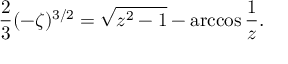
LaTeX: { \frac { 2 } { 3 } } ( - \zeta ) ^ { 3 / 2 } = \sqrt { z ^ { 2 } - 1 } - \operatorname { a r c c o s } { \frac { 1 } { z } } .